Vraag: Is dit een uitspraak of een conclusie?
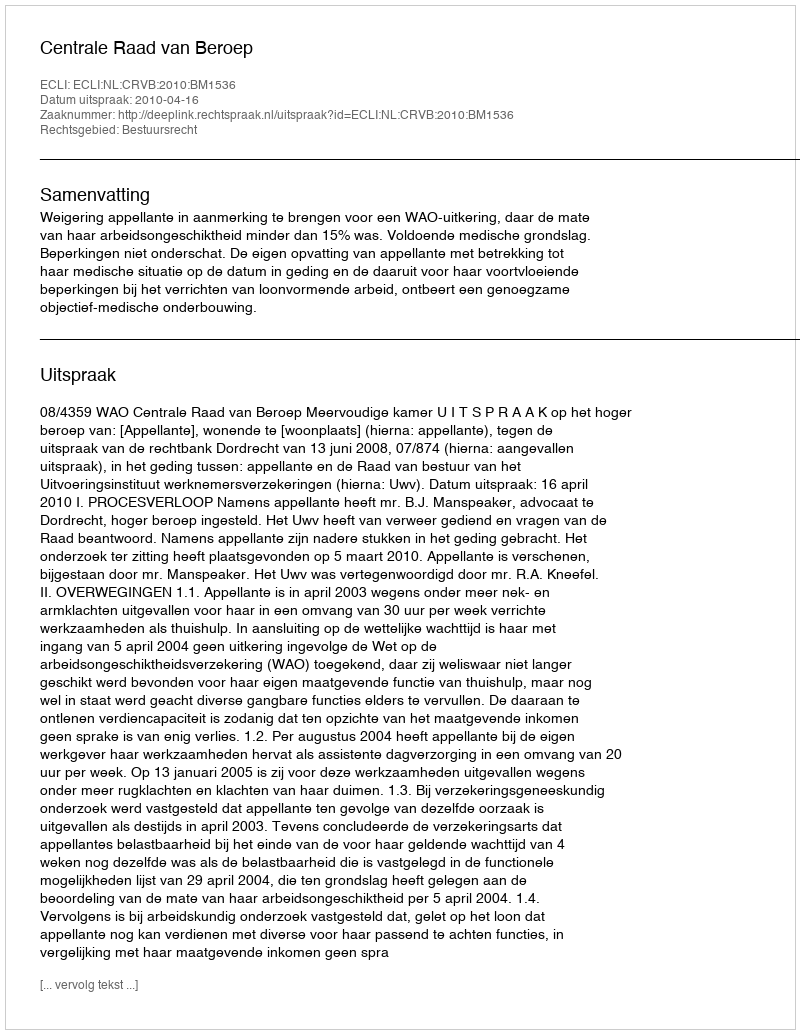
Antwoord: Uitspraak